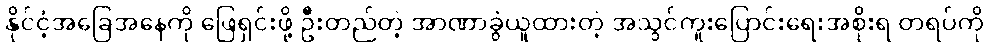
နိုင်ငံ့အခြေအနေကို ဖြေရှင်းဖို့ ဦးတည်တဲ့ အာဏာခွဲယူထားတဲ့ အသွင်ကူးပြောင်းရေးအစိုးရ တရပ်ကို